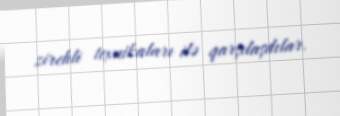
zirehli texnikaları ilə qarşılaşdılar.